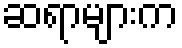
ဆရာများက